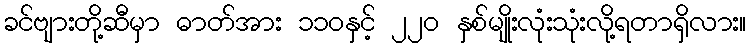
ခင်ဗျားတို့ဆီမှာ ဓာတ်အား ၁၁၀နှင့် ၂၂၀ နှစ်မျိုးလုံးသုံးလို့ရတာရှိလား။